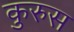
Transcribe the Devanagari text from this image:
कुरुस